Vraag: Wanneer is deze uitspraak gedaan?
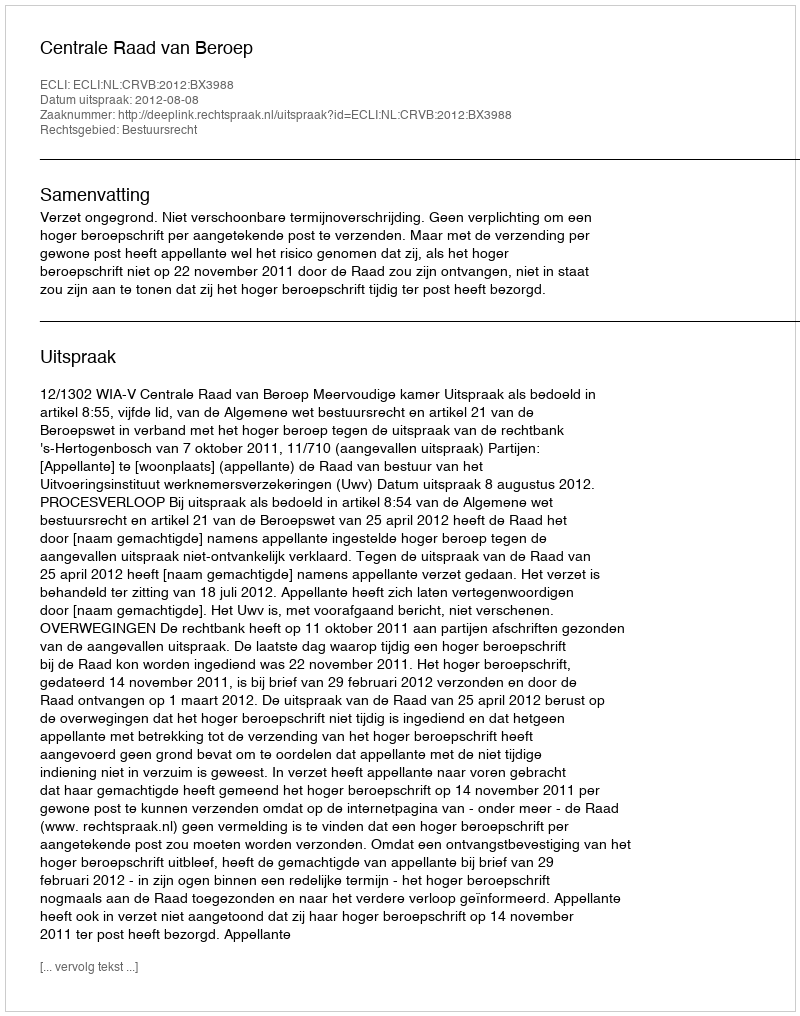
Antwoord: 2012-08-08